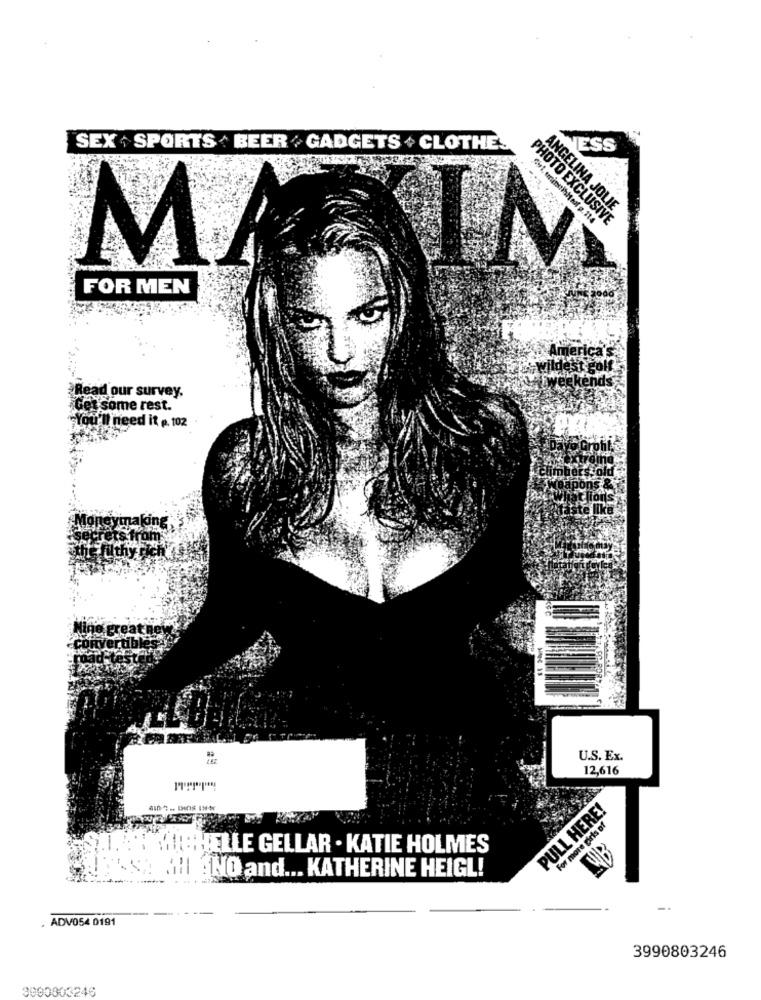
SEX + SPORTS . BEER . GADGETS + CLOTHES
NESS
ANGELINA JOLIE
PHOTO EXCLUSIVE
MA
FOR MEN
Read our survey.
Get some rest.
I need it p. 102
U.S. Ex.
12,616
PULL HERE!
For more girls of
MICHELLE GELLAR . KATIE HOLMES
Ill $NO and ... KATHERINE HEIGL!
-.
ADV054 0191
3990803246
3000803246